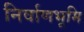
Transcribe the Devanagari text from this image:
निर्वाणभूमि